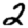
Digit: 2